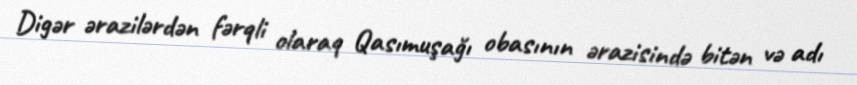
Digər ərazilərdən fərqli olaraq Qasımuşağı obasının ərazisində bitən və adı